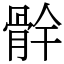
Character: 䯎